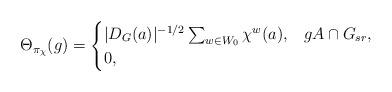
LaTeX: \begin{align*}\Theta_{\pi_\chi}(g)=\begin{cases}|D_G(a)|^{-1/2}\sum_{w\in W_0} \chi^w(a),&gA\cap G_{sr},\\0,&\end{cases}\end{align*}